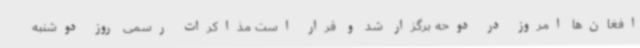
افغان‌ها امروز در دوحه برگزار شد و قرار است مذاکرات رسمی روز دوشنبه